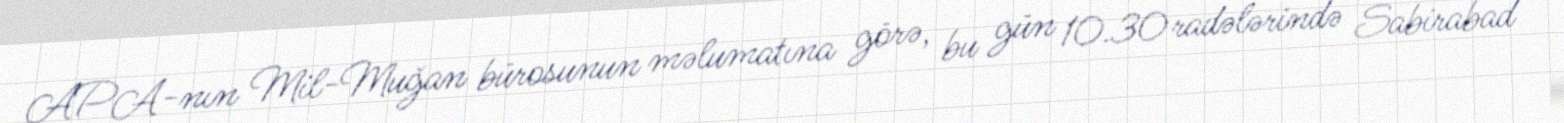
APA-nın Mil-Muğan bürosunun məlumatına görə, bu gün 10.30 radələrində Sabirabad